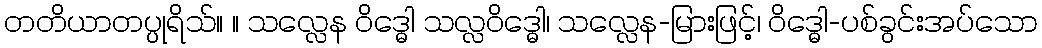
တတိယာတပ္ပုရိသ်။ ။ သလ္လေန ဝိဒ္ဓေါ သလ္လဝိဒ္ဓေါ၊ သလ္လေန-မြားဖြင့်၊ ဝိဒ္ဓေါ-ပစ်ခွင်းအပ်သော